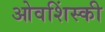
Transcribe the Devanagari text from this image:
ओवशिंस्की